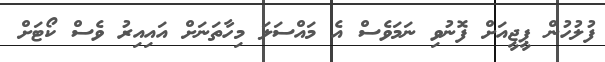
ފުލުހުން ޕީޖީއަށް ފޮނުވި ނަމަވެސް އެ މައްސަލަ މިހާތަނަށް އައިއިރު ވެސް ކޯޓަށް